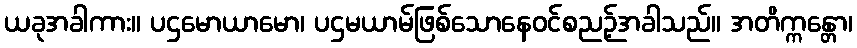
ယခုအခါကား။ ပဌမောယာမော၊ ပဌမယာမ်ဖြစ်သောနေဝင်စညဉ့်အခါသည်။ အတိက္ကန္တော၊